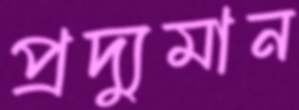
প্রদ্যুমান